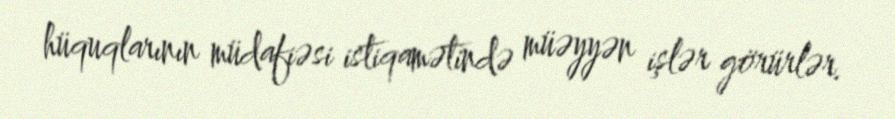
hüquqlarının müdafiəsi istiqamətində müəyyən işlər görürlər.